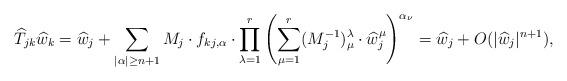
LaTeX: \begin{align*}\widehat{T}_{jk} \widehat{w}_k= \widehat{w}_j+\sum_{|\alpha|\geq n+1}M_j\cdot f_{kj, \alpha}\cdot \prod_{\lambda=1}^r\left(\sum_{\mu=1}^r(M_j^{-1})^\lambda_\mu \cdot \widehat{w}_j^\mu\right)^{\alpha_\nu} = \widehat{w}_j+O(|\widehat{w}_j|^{n+1}), \end{align*}